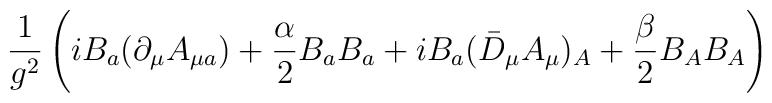
\frac{1}{g^2}\left(iB_a(\partial_\mu A_{\mu a})+\frac{\alpha}{2}B_a B_a +iB_a(\bar{D}_\mu A_\mu)_A+\frac{\beta}{2}B_A B_A\right)